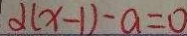
\alpha ( x - 1 ) - a = 0